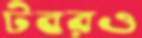
টবরও